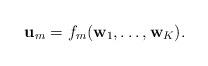
LaTeX: \begin{align*} \mathbf{u}_m = f_m(\mathbf{w}_1, \ldots, \mathbf{w}_K).\end{align*}